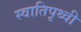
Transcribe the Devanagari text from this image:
स्वातिपृथ्वी